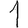
Digit: 1